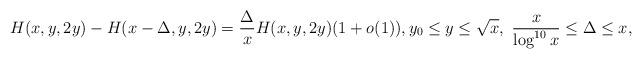
LaTeX: \begin{align*}H(x,y,2y)-H(x-\Delta,y,2y) = \frac{\Delta}{x} H(x,y,2y) (1+o(1)), y_0 \le y \le \sqrt{x}, \ \frac{x}{\log^{10} x} \le \Delta \le x,\end{align*}